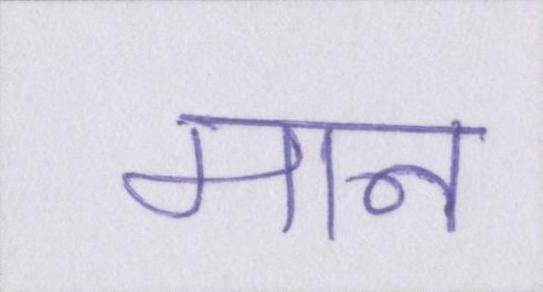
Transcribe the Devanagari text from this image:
मान